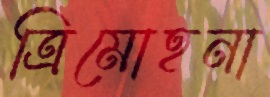
ত্রিমোহনা